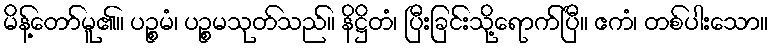
မိန့်တော်မူ၏။ ပဉ္စမံ၊ ပဉ္စမသုတ်သည်။ နိဋ္ဌိတံ၊ ပြီးခြင်းသို့ရောက်ပြီ။ ဧကံ၊ တစ်ပါးသော။